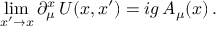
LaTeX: \operatorname * { l i m } _ { x ^ { \prime } \to x } \partial _ { \mu } ^ { x } \, U ( x , x ^ { \prime } ) = i g \, A _ { \mu } ( x ) \, .